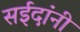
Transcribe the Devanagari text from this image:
सईदांनी